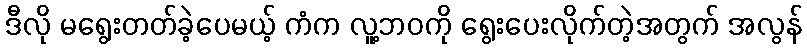
ဒီလို မရွေးတတ်ခဲ့ပေမယ့် ကံက လူ့ဘဝကို ရွေးပေးလိုက်တဲ့အတွက် အလွန်